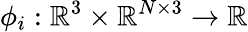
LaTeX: \phi_{i}:\mathbb{R}^{3}\times\mathbb{R}^{N\times 3}\rightarrow\mathbb{R}